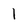
Character: 1